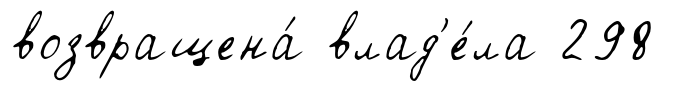
возвращена́ влад'е́ла 298